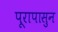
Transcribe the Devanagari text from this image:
पूरापासुन